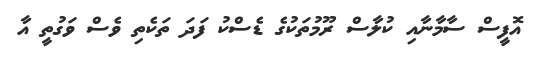
އޮފީސް ސާމާނާއި ކުލާސް ރޫމުތަކުގެ ޑެސްކު ފަދަ ތަކެތި ވެސް ވަގުތީ އާ